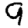
Digit: 9